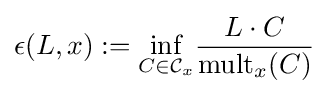
{\epsilon (L,x):={\underset {C\in {\mathcal {C}}_{x}}{\inf }}{\frac {L\cdot C}{\operatorname {mult} _{x}(C)}}}